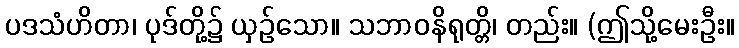
ပဒသံဟိတာ၊ ပုဒ်တို့၌ ယှဉ်သော။ သဘာဝနိရုတ္တိ၊ တည်း။ (ဤသို့မေးဦး။